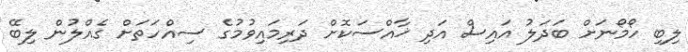
ލިބި ހޯމޯނަށް ބަދަލު އައިސް އަދި ޚާއްސަކޮށް ދަރިމައިވުމުގެ ސިއްހަތަށް ގެއްލުން ލިބޭ